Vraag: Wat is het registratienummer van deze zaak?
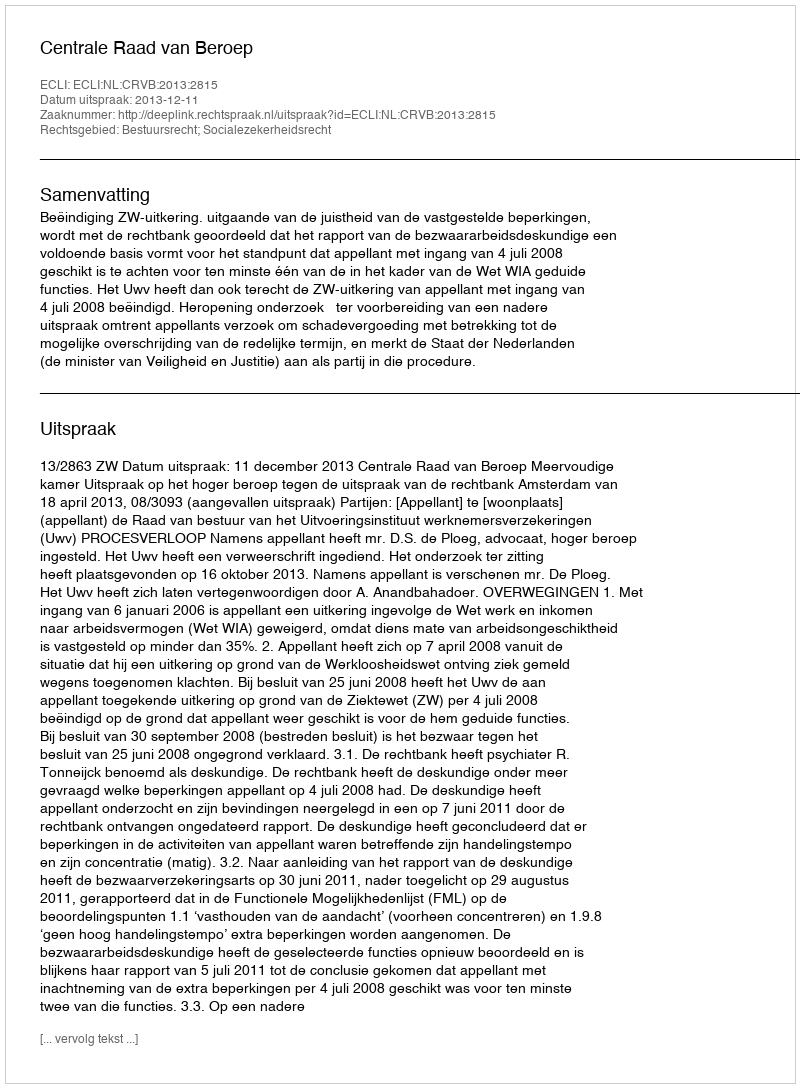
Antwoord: http://deeplink.rechtspraak.nl/uitspraak?id=ECLI:NL:CRVB:2013:2815